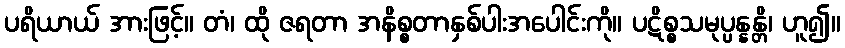
ပရိယာယ် အားဖြင့်။ တံ၊ ထို ဇရတာ အနိစ္စတာနှစ်ပါးအပေါင်းကို။ ပဋိစ္စသမုပ္ပန္နန္တိ၊ ဟူ၍။